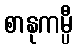
စာနုကမ္ပီ